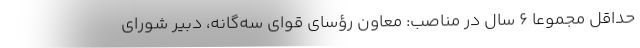
حداقل مجموعاً ۶ سال در مناصب: معاون رؤسای قوای سه‌گانه، دبیر شورای